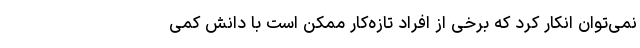
نمی‌توان انکار کرد که برخی از افراد تازه‌کار ممکن است با دانش کمی